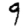
Digit: 9